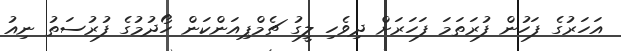
އަހަރުގެ ފަހުން ފުރަތަމަ ފަހަރަށް ދިވެހި ލީގު ޗެމްޕިއަންކަން ހޯދުމުގެ ފުރުސަތު ނިއު